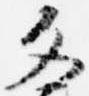
文